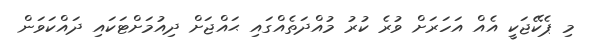
މި ޕެކޭޖަކީ އެއް އަހަރަށް ވުރެ ކުރު މުއްދަތެއްގައި ޙައްޖަށް ދިއުމަށްޓަކައި ދައްކަވަން